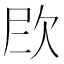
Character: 𪴫